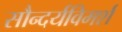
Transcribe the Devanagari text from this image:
सौन्दर्यविमर्श